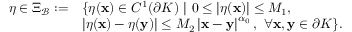
\begin{array} { r l } { \eta \in \Xi _ { \mathcal B } : = } & { \{ \eta ( \mathbf x ) \in C ^ { 1 } ( \partial K ) ~ | ~ 0 \le | \eta ( \mathbf x ) | \le M _ { 1 } , } \\ & { \left| \eta ( \mathbf x ) - \eta ( \mathbf y ) \right| \le M _ { 2 } \left| \mathbf x - \mathbf y \right| ^ { \alpha _ { 0 } } , \ \forall \mathbf x , \mathbf y \in \partial K \} . } \end{array}